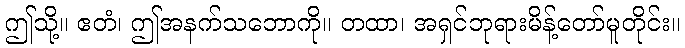
ဤသို့။ ဧတံ၊ ဤအနက်သဘောကို။ တထာ၊ အရှင်ဘုရားမိန့်တော်မူတိုင်း။